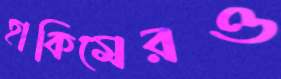
হাকিমেরও